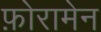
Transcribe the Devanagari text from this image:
फ़ोरामेन